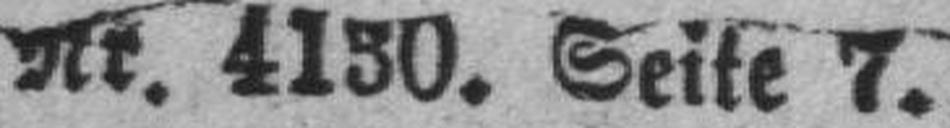
Nr. 4130. Seite 7.